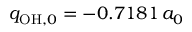
q _ { \mathrm { O H } , 0 } = - 0 . 7 1 8 1 \, a _ { 0 }